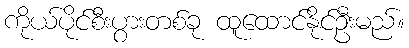
ကိုယ်ပိုင်စီးပွားတစ်ခု ထူထောင်နိုင်ဦးမည်။